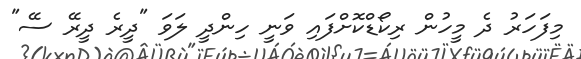
މިފަހަރު ދެ މީހުން ރިކޯޑްކޮށްފައި ވަނީ ހިންދީ ލަވަ "ދީރެ ދީރޭ ސޭ"